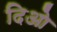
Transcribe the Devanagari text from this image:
दिओ